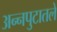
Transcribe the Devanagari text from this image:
अन्नपुटातले